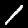
Digit: 1